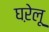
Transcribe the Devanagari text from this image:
घऱेलू